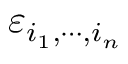
\varepsilon _ { i _ { 1 } , \cdots , i _ { n } }